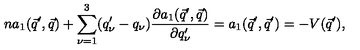
n a _ { 1 } ( \vec { q } ^ { \prime } , \vec { q } ) + \sum _ { \nu = 1 } ^ { 3 } ( q _ { \nu } ^ { \prime } - q _ { \nu } ) \frac { \partial a _ { 1 } ( \vec { q } ^ { \prime } , \vec { q } ) } { \partial q _ { \nu } ^ { \prime } } = a _ { 1 } ( \vec { q } ^ { \prime } , \vec { q } ^ { \prime } ) = - V ( \vec { q } ^ { \prime } ) ,